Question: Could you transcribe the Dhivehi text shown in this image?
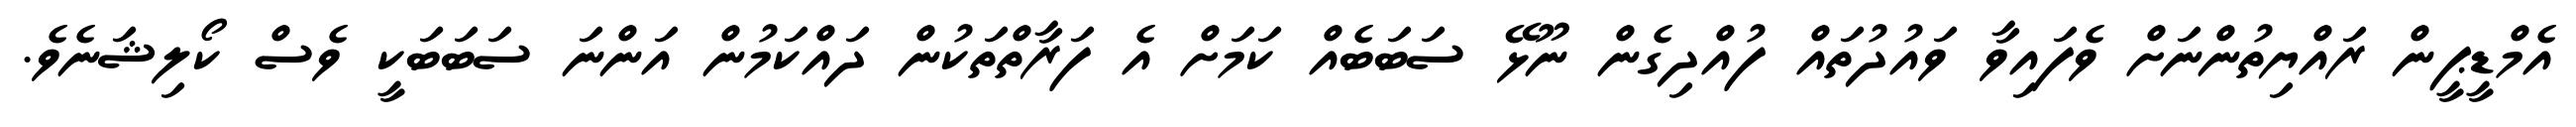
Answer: އެމްޑީޕީން ރައްޔިތުންނަށް ވެފައިވާ ވައުދުތައް ފުއްދިގެން ނޫޅޭ ސަބަބެއް ކަމަށް އެ ފަރާތްތަކުން ދައްކަމުން އަންނަ ސަބަބަކީ ވެސް ކޯލިޝަނެވެ.